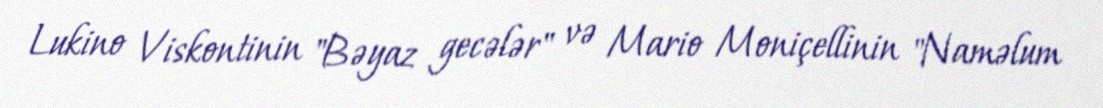
Lukino Viskontinin "Bəyaz gecələr" və Mario Moniçellinin "Naməlum